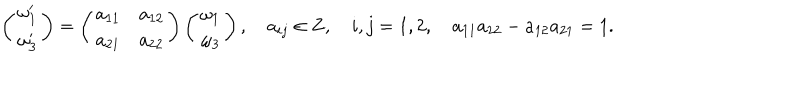
\left( \begin{matrix} { { \omega _ { 1 } ^ { \prime } } } \\ { { \omega _ { 3 } ^ { \prime } } } \\ \end{matrix} \right) = \left( \begin{matrix} { { a _ { 1 1 } } } & { { a _ { 1 2 } } } \\ { { a _ { 2 1 } } } & { { a _ { 2 2 } } } \\ \end{matrix} \right) \left( \begin{matrix} { { \omega _ { 1 } } } \\ { { \omega _ { 3 } } } \\ \end{matrix} \right) , \quad a _ { i j } \in { \bf Z } , \quad i , j = 1 , 2 , \quad a _ { 1 1 } a _ { 2 2 } - a _ { 1 2 } a _ { 2 1 } = 1 .